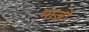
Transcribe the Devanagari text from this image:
नाज़ों